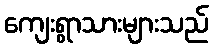
ကျေးရွာသားများသည်